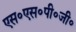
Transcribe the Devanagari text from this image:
एस॰एस॰पी॰जी॰